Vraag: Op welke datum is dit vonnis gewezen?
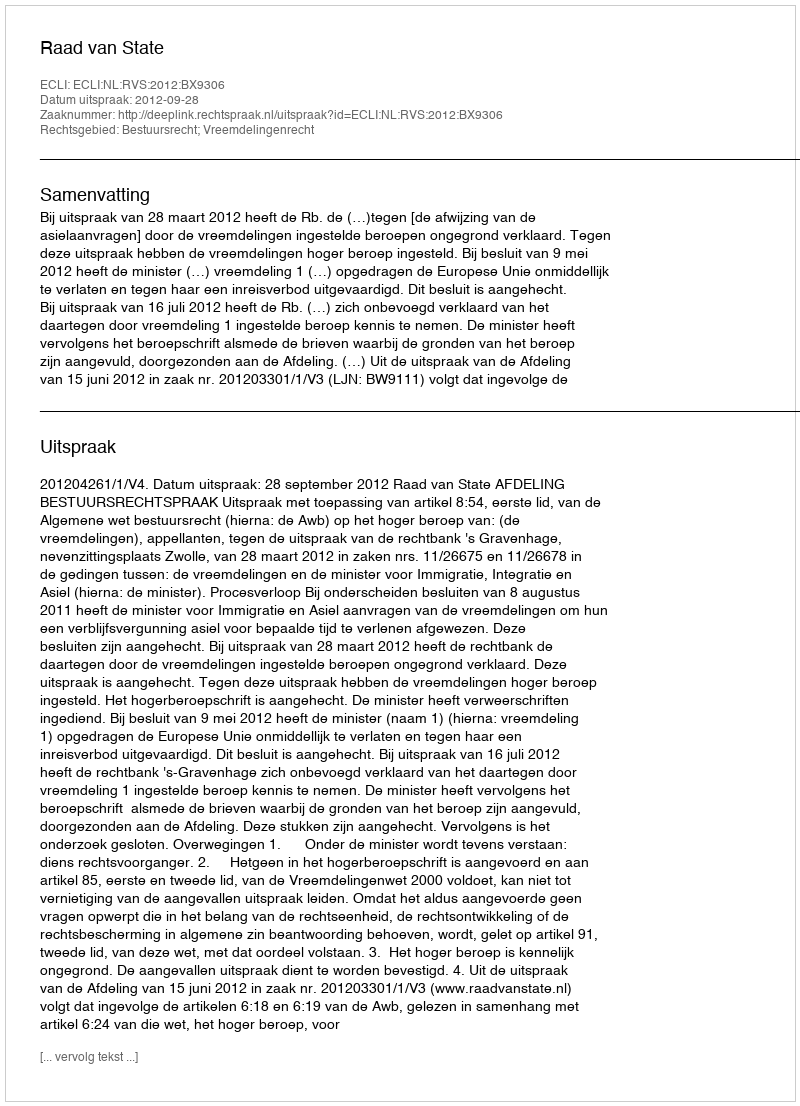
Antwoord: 2012-09-28